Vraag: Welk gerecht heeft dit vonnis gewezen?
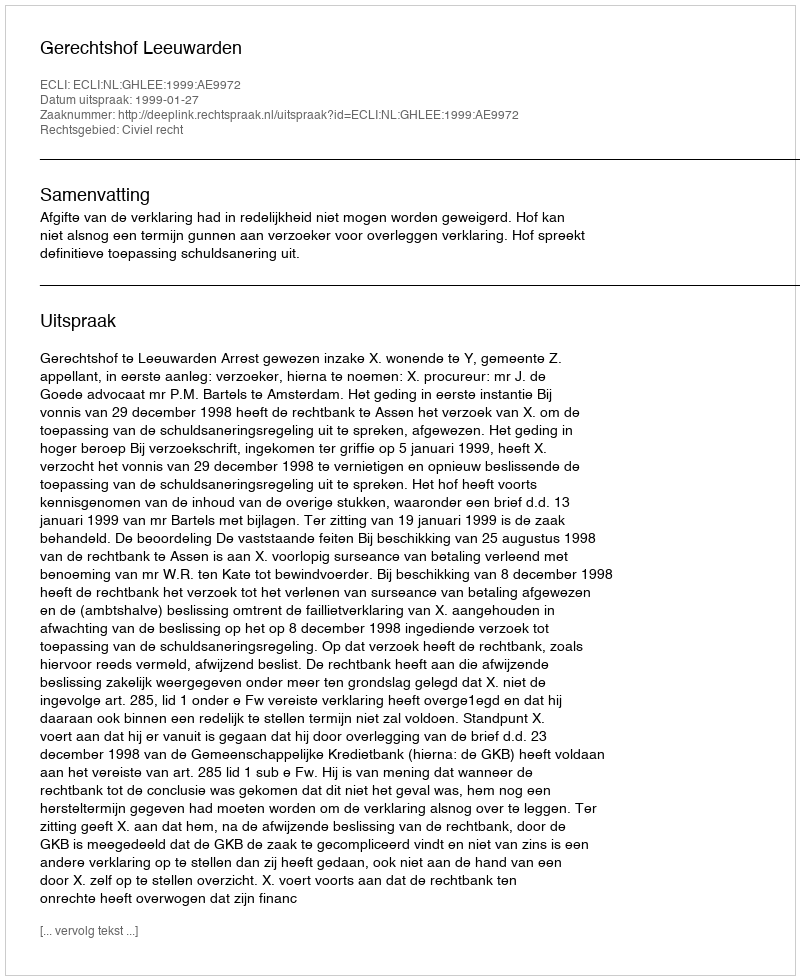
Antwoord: Gerechtshof Leeuwarden